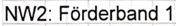
Text: NW2: Förderband 1